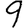
Digit: 9